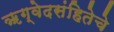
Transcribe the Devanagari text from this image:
ॠग्वेदसंहितेचे